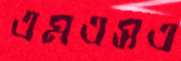
এমএসএ